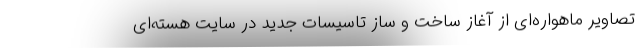
تصاویر ماهواره‌ای از آغاز ساخت و ساز تاسیسات جدید در سایت هسته‌ای